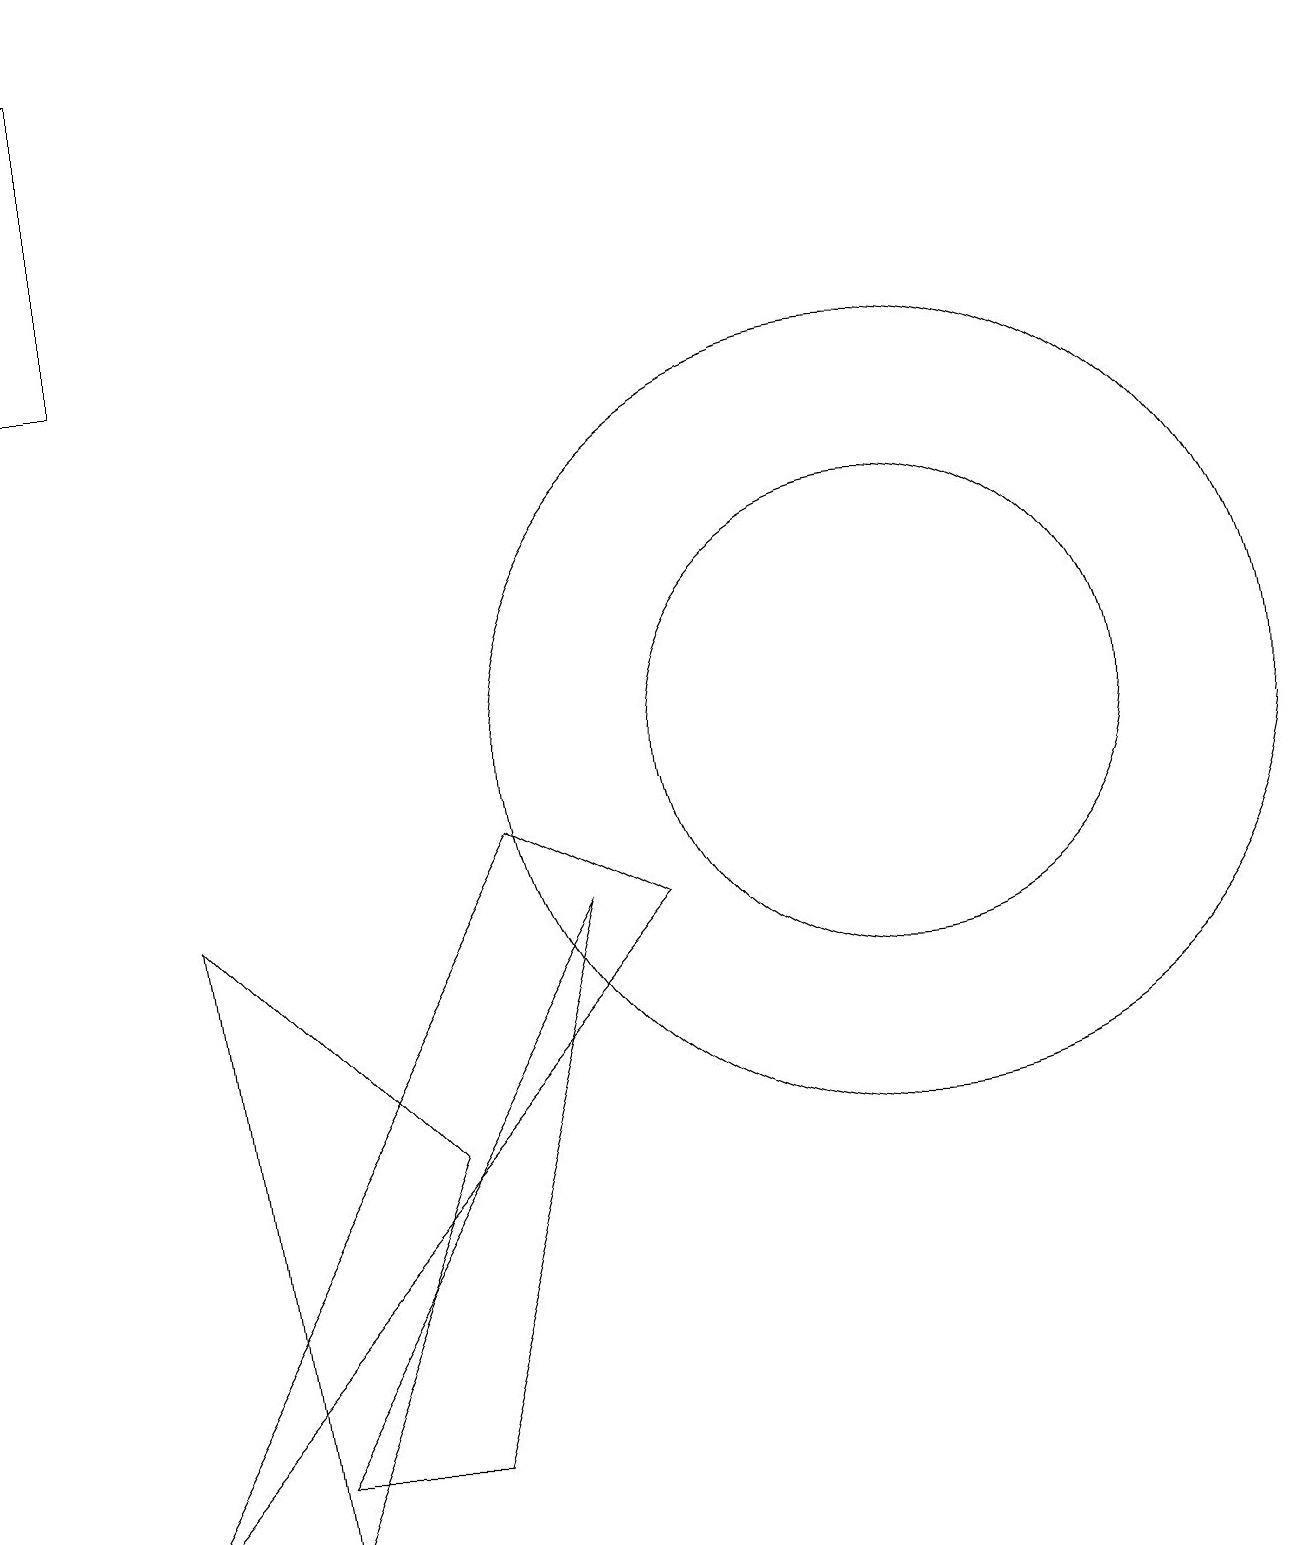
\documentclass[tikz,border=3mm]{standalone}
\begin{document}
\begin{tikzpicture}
\draw (11,10) circle (5);
\draw (6,9) -- (1,0) -- (8,8) -- cycle;
\draw (11,10) circle (3);
\draw (0,19) rectangle (1,15);
\draw (5,1) -- (7,8) -- (3,1) -- cycle;
\draw (3,0) -- (5,5) -- (2,8) -- cycle;
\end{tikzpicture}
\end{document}